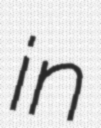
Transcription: in